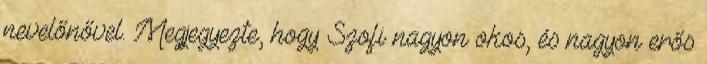
nevelőnővel. Megjegyezte, hogy Szofi nagyon okos, és nagyon erős